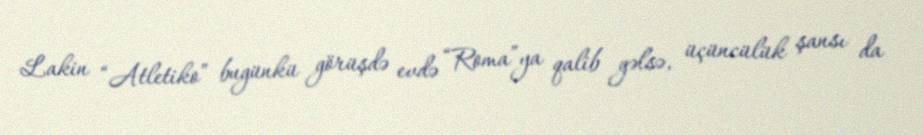
Lakin “Atletiko” bugünkü görüşdə evdə “Roma”ya qalib gəlsə, üçüncülük şansı da